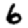
Digit: 6